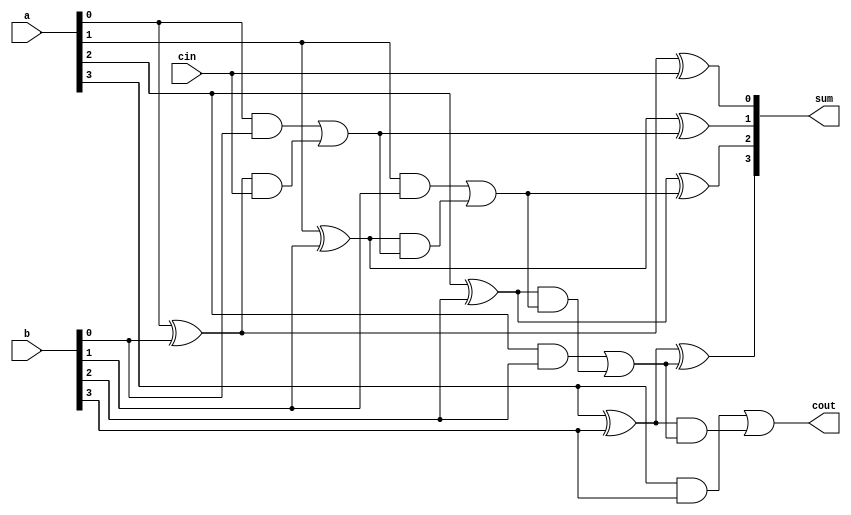
`timescale 1ns / 1ps
//4
module adder_4(
    input [3:0] a,
    input [3:0] b,
    input cin,
    output  [3:0] sum,
    output  cout
    );
   wire [2:0]co;
   assign co[0]=(a[0]&b[0])|((a[0]^b[0])&cin);
    assign co[1]=(a[1]&b[1])|((a[1]^b[1])&co[0]);
   assign  co[2]=(a[2]&b[2])|((a[2]^b[2])&co[1]);
    assign cout=(a[3]&b[3])|((a[3]^b[3])&co[2]);
    assign sum[0]=(a[0]^b[0])^cin;
    assign sum[1]=(a[1]^b[1])^co[0];
    assign sum[2]=(a[2]^b[2])^co[1];
    assign sum[3]=(a[3]^b[3])^co[2];
    
endmodule